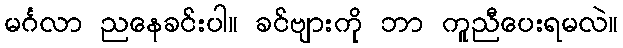
မင်္ဂလာ ညနေခင်းပါ။ ခင်ဗျားကို ဘာ ကူညီပေးရမလဲ။